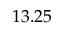
\boldsymbol { 1 3 . 2 5 }